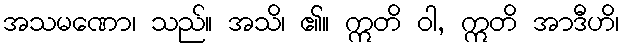
အသမဏော၊ သည်။ အသိ၊ ၏။ ဣတိ ဝါ, ဣတိ အာဒီဟိ၊